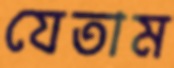
যেতাম